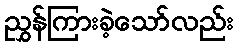
ညွှန်ကြားခဲ့သော်လည်း